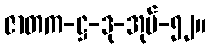
ဇာတက-ဋ္ဌ-ဒု-အုပ်-၅၂။